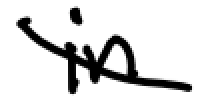
Text: in
Cross-out: diagonal
Writing tool: digital_black